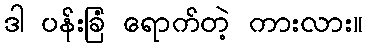
ဒါ ပန်းခြံ ရောက်တဲ့ ကားလား။